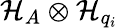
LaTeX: \mathcal{H}_{A}\otimes\mathcal{H}_{q_{i}}